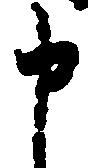
申